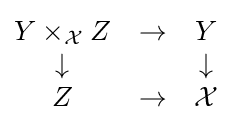
{\begin{matrix}Y\times _{\mathcal {X}}Z&\to &Y\\\downarrow &&\downarrow \\Z&\to &{\mathcal {X}}\end{matrix}}